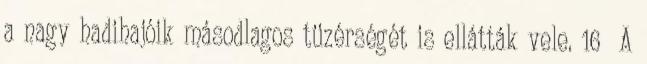
a nagy hadihajóik másodlagos tüzérségét is ellátták vele. 16 A